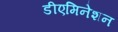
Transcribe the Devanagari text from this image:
डीएमिनेशन